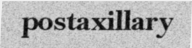
postaxillary